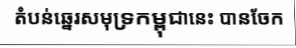
តំបន់ឆ្នេរសមុទ្រកម្ពុជានេះ បានចែក